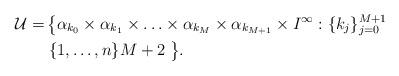
LaTeX: \begin{align*}\mathcal{U}= &\left \{ \alpha_{k_{0}} \times \alpha_{k_{1}} \times \ldots \times \alpha_{k_{M}} \times \alpha_{k_{M+1}} \times I^{\infty}: \{k_{j}\}_{j=0}^{M+1} \right.\\& \left. \{1, \ldots, n \} M+2 \right. \big \}.\end{align*}